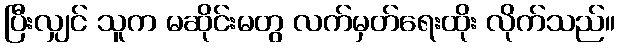
ပြီးလျှင် သူက မဆိုင်းမတွ လက်မှတ်ရေးထိုး လိုက်သည်။